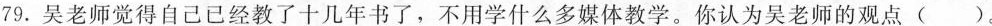
79.吴老师觉得自己已经教了十几年书了，不用学什么多媒体教学。你认为吴老师的观点()。